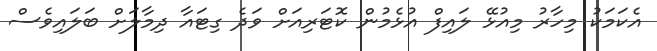
އެކަމަކު މިހާރު މިއުޅޭ ލައިފް އުޅެމުން ކޮޓަރިއަށް ވަދެ ގިޓައާ ދިމާލަށް ބަލައިވެސް